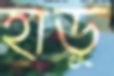
হাডু